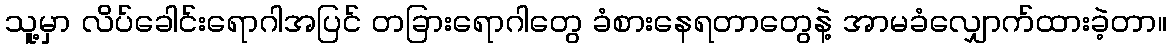
သူ့မှာ လိပ်ခေါင်းရောဂါအပြင် တခြားရောဂါတွေ ခံစားနေရတာတွေနဲ့ အာမခံလျှောက်ထားခဲ့တာ။